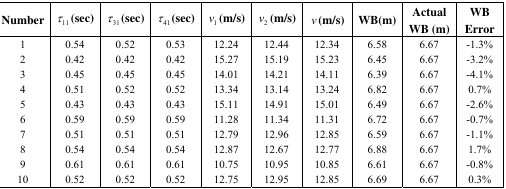
| Number | τ11(sec) | τ31(sec) | τ41(sec) | v1(m/s) | v2(m/s) | v(m/s) | WB(m) | Actual WB (m) | WB Error |
 | --- | --- | --- | --- | --- | --- | --- | --- | --- | --- |
 | 1 | 0.54 | 0.52 | 0.53 | 12.24 | 12.44 | 12.34 | 6.58 | 6.67 | -1.3% |
 | 2 | 0.42 | 0.42 | 0.42 | 15.27 | 15.19 | 15.23 | 6.45 | 6.67 | -3.2% |
 | 3 | 0.45 | 0.45 | 0.45 | 14.01 | 14.21 | 14.11 | 6.39 | 6.67 | -4.1% |
 | 4 | 0.51 | 0.52 | 0.52 | 13.34 | 13.14 | 13.24 | 6.82 | 6.67 | 0.7% |
 | 5 | 0.43 | 0.43 | 0.43 | 15.11 | 14.91 | 15.01 | 6.49 | 6.67 | -2.6% |
 | 6 | 0.59 | 0.59 | 0.59 | 11.28 | 11.34 | 11.31 | 6.72 | 6.67 | -0.7% |
 | 7 | 0.51 | 0.51 | 0.51 | 12.79 | 12.96 | 12.85 | 6.59 | 6.67 | -1.1% |
 | 8 | 0.54 | 0.54 | 0.54 | 12.87 | 12.67 | 12.77 | 6.88 | 6.67 | 1.7% |
 | 9 | 0.61 | 0.61 | 0.61 | 10.75 | 10.95 | 10.85 | 6.61 | 6.67 | -0.8% |
 | 10 | 0.52 | 0.52 | 0.52 | 12.75 | 12.95 | 12.85 | 6.69 | 6.67 | 0.3% |